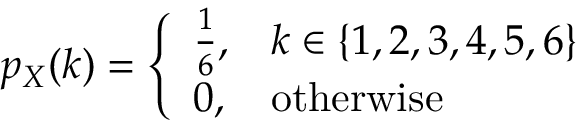
p _ { X } ( k ) = { \left\{ \begin{array} { l l } { { \frac { 1 } { 6 } } , } & { k \in \{ 1 , 2 , 3 , 4 , 5 , 6 \} } \\ { 0 , } & { { \mathrm { o t h e r w i s e } } } \end{array} \right. }